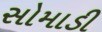
સોમાડી